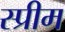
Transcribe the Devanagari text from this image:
स्प्रीम